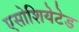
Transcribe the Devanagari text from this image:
एसोशियेटेड